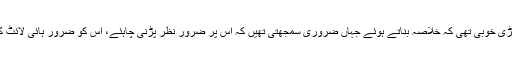
یہ ان کی بڑی خوبی تھی کہ خلاصہ بناتے ہوئے جہاں ضروری سمجھتی تھیں کہ اس پر ضرور نظر پڑنی چاہئے، اُس کو ضرور ہائی لائٹ کرتی تھیں۔